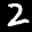
Label: 2